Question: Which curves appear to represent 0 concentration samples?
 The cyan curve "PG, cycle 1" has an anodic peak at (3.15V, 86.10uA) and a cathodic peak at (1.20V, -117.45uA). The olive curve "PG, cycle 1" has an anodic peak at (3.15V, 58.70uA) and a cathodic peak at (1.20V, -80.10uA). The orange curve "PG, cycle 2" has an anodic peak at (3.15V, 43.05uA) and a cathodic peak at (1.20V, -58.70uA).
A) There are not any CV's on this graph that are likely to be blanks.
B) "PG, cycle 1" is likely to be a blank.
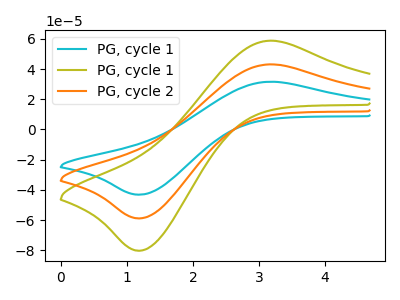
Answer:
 <answer>A) There are not any CV's on this graph that are likely to be blanks.</answer>
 <eval>A</eval>